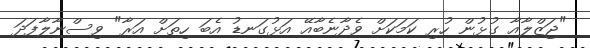
"ޖަޒްލާއާ ގުޅުން ހުރި ކަމަކަށް ވެދާނެބާއޭ އަޅުގަނޑު އެބަ ހިތަށް އަރާ" ވިސްނާލާފަދަ